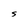
Character: S